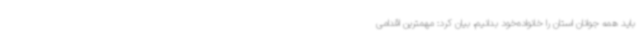
باید همه جوانان استان را خانواده‌خود بدانیم، بیان کرد: مهمترین اقدامی